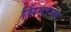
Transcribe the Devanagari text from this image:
सिंगाना